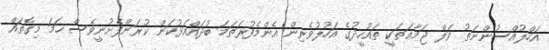
އަހްލުއްސުންނަތު ވަލް ޖަމާޢަތަކީ ތައުހީދުގެ އަހުލުވެރިން އެންމެފުރަތަމަ ބުދައްއަޅުކަން ކުރަންފެށުނީވެސް ހަމަ މިގޮތައް